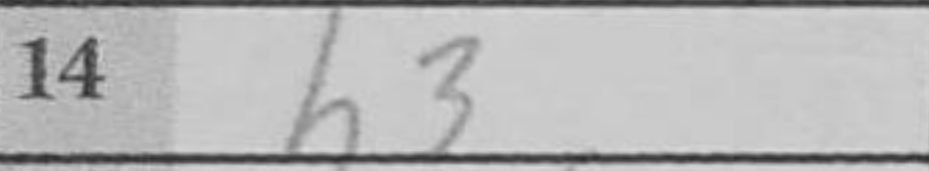
Transcription: h3